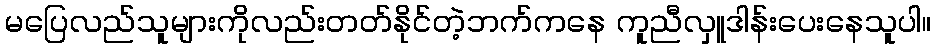
မပြေလည်သူများကိုလည်းတတ်နိုင်တဲ့ဘက်ကနေ ကူညီလှူဒါန်းပေးနေသူပါ။